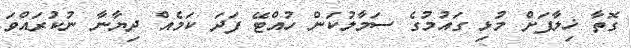
ގޮތާ ޚިލާފަށް މުޅި ގައުމުގެ ސަމާލުކަން ހުއްޓޭ ފަދަ ކަމެއް ދިޔާނާ ނުކުރައްވަ